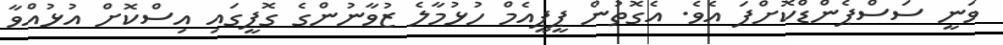
ވަނީ ސަސްޕެންޑްކޮށްފަ އެވެ. އެގޮތުން ޕީޕީއެމް ހުޅުމާލެ ޒުވާނުންގެ ގޮފީގައި އިސްކޮށް އުޅުއްވާ